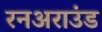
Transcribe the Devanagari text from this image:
रनअराउंड